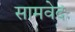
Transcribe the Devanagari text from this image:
सामवेदः